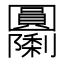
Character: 𭍹